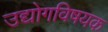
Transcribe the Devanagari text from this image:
उद्योगविषयक